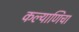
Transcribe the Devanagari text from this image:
कल्याणिचा